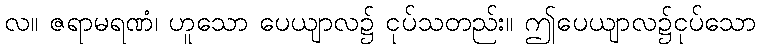
လ။ ဇရာမရဏံ၊ ဟူသော ပေယျာလ၌ ငုပ်သတည်း။ ဤပေယျာလ၌ငုပ်သော